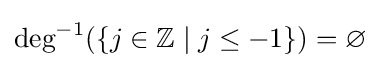
{\text{deg}}^{-1}(\{j\in \mathbb {Z} \mid j\leq -1\})=\varnothing